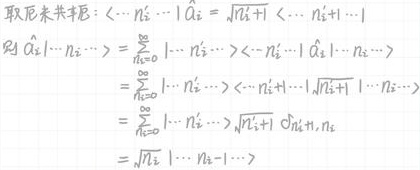
\[
\begin{align*}
\text{取厄米共轭：}&\langle\cdots n_{i}'\cdots|\hat{a}_{i}=\sqrt{n_{i}'+1}\langle\cdots n_{i}'+1\cdots|\\
\text{则}\langle\hat{a}_{i}|\cdots n_{i}\cdots\rangle&=\sum_{n_{i}'=0}^{\infty}|\cdots n_{i}'\cdots\rangle\langle\cdots n_{i}'|\hat{a}_{i}|\cdots n_{i}\cdots\rangle\\
&=\sum_{n_{i}'=0}^{\infty}|\cdots n_{i}'\cdots\rangle\langle\cdots n_{i}'|\sqrt{n_{i}+1}|\cdots n_{i}\cdots\rangle\\
&=\sum_{n_{i}'=0}^{\infty}|\cdots n_{i}'\cdots\rangle\sqrt{n_{i}+1}\delta_{n_{i}'+1,n_{i}}\\
&=\sqrt{n_{i}}|\cdots n_{i}-1\cdots\rangle
\end{align*}
\]